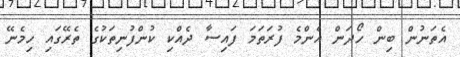
އެތަނުން ބިން ހޯދަން އެންމެ ފުރަތަމަ ފައިސާ ދެއްކި ކުންފުނިތަކުގެ ތެރޭގައި ހިމެނޭ